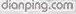
dianping.com